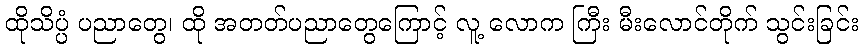
ထိုသိပ္ပံ ပညာတွေ၊ ထို အတတ်ပညာတွေကြောင့် လူ့ လောက ကြီး မီးလောင်တိုက် သွင်းခြင်း